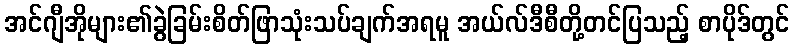
အင်ဂျီအိုများ၏ခွဲခြမ်းစိတ်ဖြာသုံးသပ်ချက်အရမူ အယ်လ်ဒီစီတို့တင်ပြသည့် စာပိုဒ်တွင်